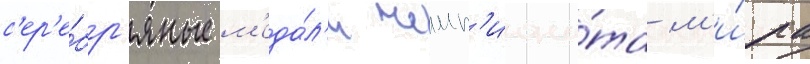
с'ер'е́бр'яные м'еда́л'и чемп'иона́та м'и́ра